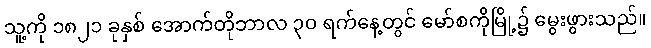
သူ့ကို ၁၈၂၁ ခုနှစ် အောက်တိုဘာလ ၃၀ ရက်နေ့တွင် မော်စကိုမြို့၌ မွေးဖွားသည်။